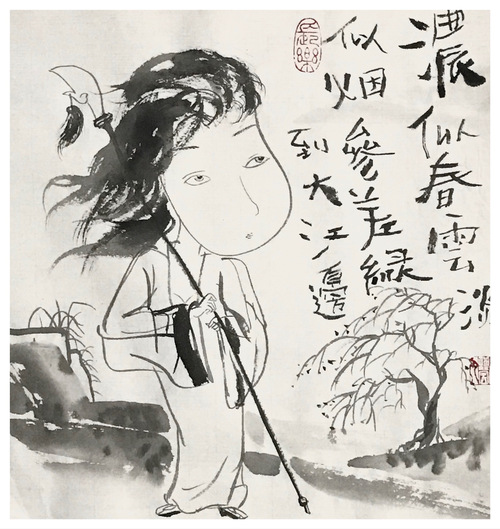
浓似春云淡似烟，参差绿到大江边。